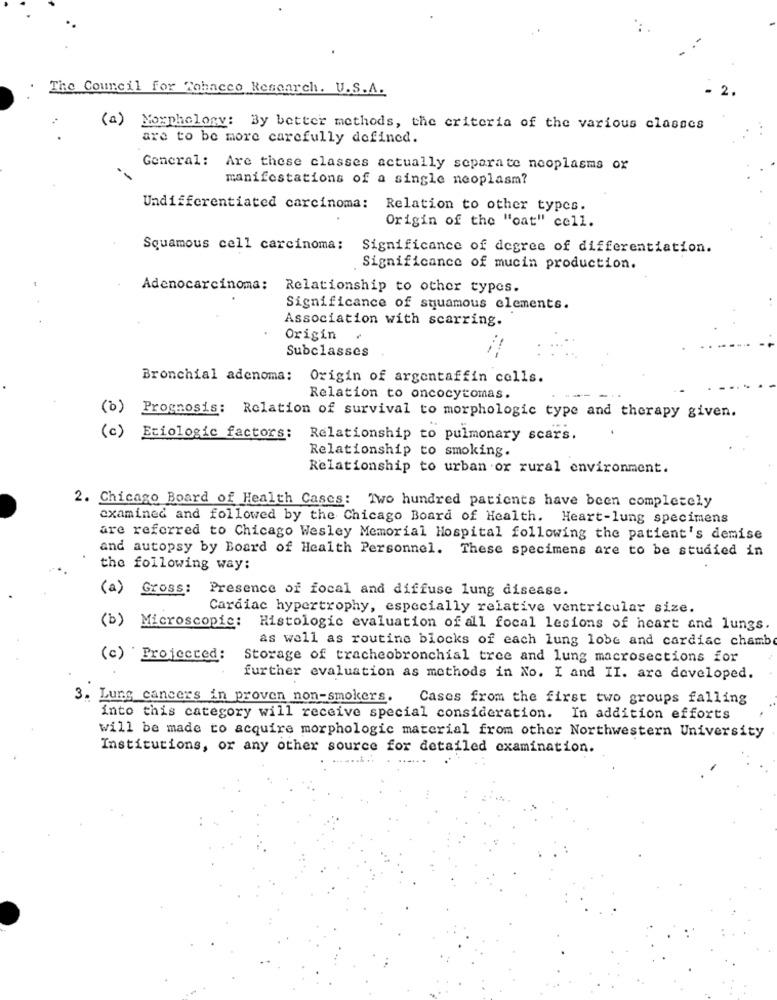
The Council for Tobacco Research. U.S.A.
2.
(a) Morphology: By better methods, the criteria of the various classes
are to be more carefully defined.
General: Are these classes actually separate neoplasms ox
manifestations of a single neoplasm?
Undifferentiated carcinoma: R
Relation to other types.
Origin of the "oat" cell.
Squamous cell carcinoma: Significance of degree of differentiation.
Significance of mucin production.
Adenocarcinoma: Relationship to other types.
Significance of squamous elements.
Association with scarring.
Origin
Subclasses
Bronchial adenoma: Origin of argentaffin cells.
Relation to oncocytomas.
(b)
Prognosis: Relation of survival to morphologie type and therapy given.
(c) Etiologic factors:
Relationship to pulmonary scars.
Relationship to smoking.
Relationship to urban or rural environment.
2. Chicago Board of Health Cases: Two hundred patients have been completely
examined and followed by the Chicago Board of Health. Heart-lung specimens
are referred to Chicago Wesley Memorial Hospital following the patient's demise
and autopsy by Board of Health Personnel. These specimens are to be studied in
the following way:
(a) Gross: Presence of focal and diffuse lung disease.
Cardiac hypertrophy, especially relative ventricular size.
(b) Microscopic: Histologic evaluation of all focal lesions of heart and lungs.
as well as routine blocks of each lung lobe and cardiac chamb
(c) Projected:
Storage of tracheobronchial tree and lung macrosections for
further evaluation as methods in No. I and II. are developed.
3. Lung cancers in proven non-smokers.
Cases from the first two groups falling
into this category will receive special consideration. In addition efforts
will be made to acquire morphologie material from other Northwestern University
Institutions, or any other source for detailed examination.